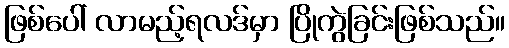
ဖြစ်ပေါ် လာမည့်ရလဒ်မှာ ပြိုကွဲခြင်းဖြစ်သည်။